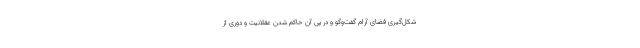
شکل‌گیری فضای آرام گفت‌و‌گو و در پی آن حاکم شدن عقلانیت و دوری از